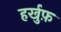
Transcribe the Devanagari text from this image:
हर्खुफ़